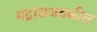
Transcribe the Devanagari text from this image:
मद्रासजवळील